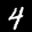
Label: 4